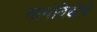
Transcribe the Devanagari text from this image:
नामविद्येचे